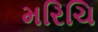
મરિચિ